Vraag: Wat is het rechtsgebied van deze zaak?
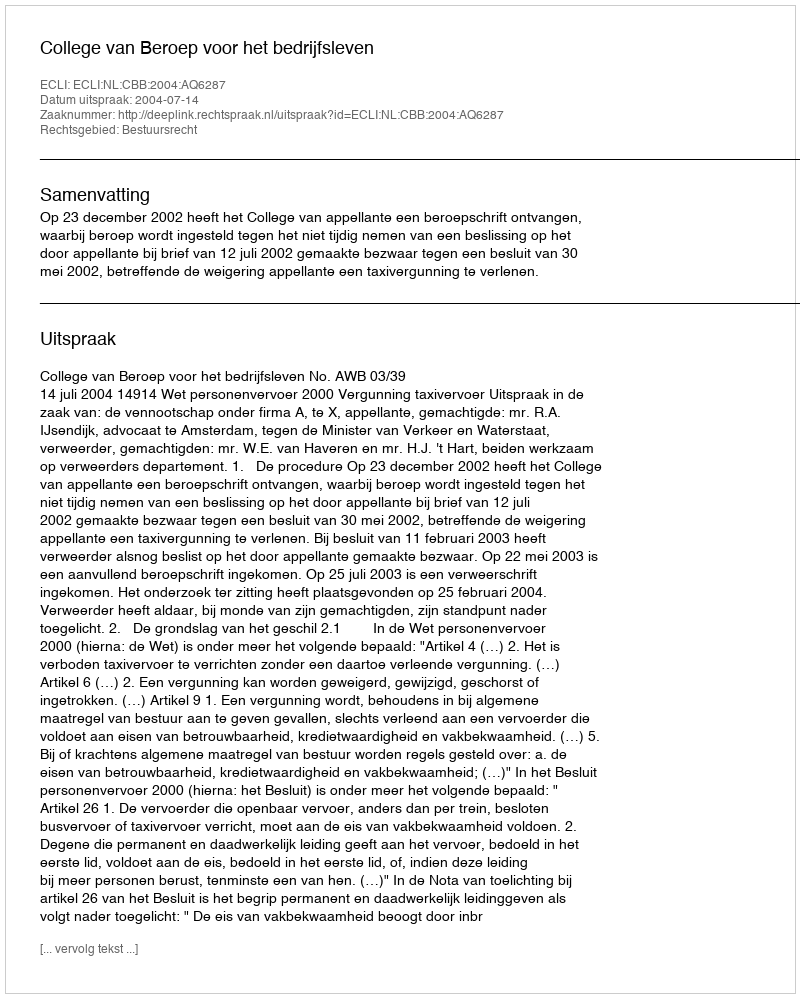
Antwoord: Bestuursrecht